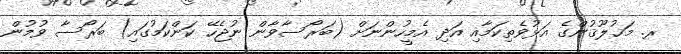
ރ. މަޚުލޫޤުންގެ އަޅުވެތިކަމާއި އަދި އެމީހުންނަށް (ބަރޯސާވާން ނުޖެހޭ ކަންކަމުގައި) ބަރޯސާ ވުމުން